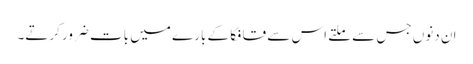
ان دنوں جس سے ملتے اس سے قافکا کے بارے میں بات ضرور کرتے۔